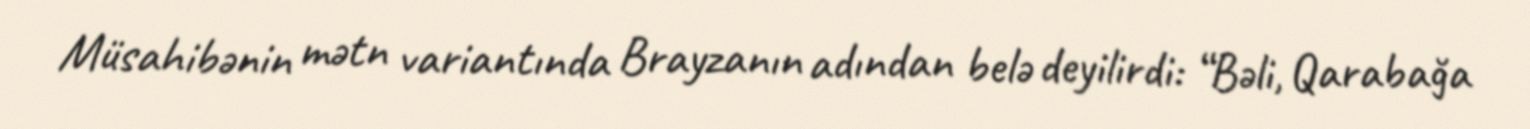
Müsahibənin mətn variantında Brayzanın adından belə deyilirdi: “Bəli, Qarabağa